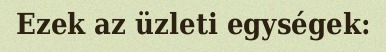
Ezek az üzleti egységek: